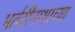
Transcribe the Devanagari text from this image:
भर्तरीनाथांच्या